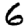
Digit: 6